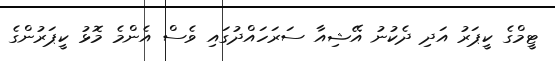
ޓީމްގެ ކީޕަރު އަދި ދެކުނު އޭޝިއާ ސަރަހައްދުގައި ވެސް އެންމެ މޮޅު ކީޕަރުންގެ